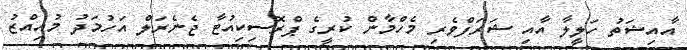
އާއިޝަތު ހަލީލާ އާއި ޝަރަފްވެރި މެހްމާން ކުރީގެ ޕްރޮސިކިއުޓާ ޖެނެރަލް އަހުމަދު މުއިއްޒު